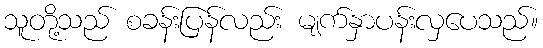
သူတို့သည် စခန်းပြန်လည်း မျက်နှာပန်းလှပေသည်။